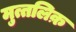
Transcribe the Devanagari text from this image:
मुत्तलिक़